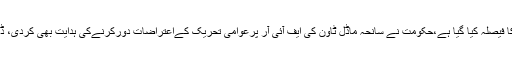
پارلیمانی جماعتوں کے سربراہوں نے پارلیمنٹ کا مشترکہ اجلاس پورا ہفتہ جاری رکھنے کا فیصلہ کیا گیا ہے،حکومت نے سانحہ ماڈل ٹاون کی ایف آئی آر پرعوامی تحریک کےاعتراضات دورکرنےکی ہدایت بھی کردی، ڈھائی گھنٹے سے زائد تک جاری رہنے والے اجلاس کے بعد مشترکہ اعلامیہ جاری کیا گیا۔